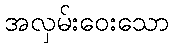
အလှမ်းဝေးသော